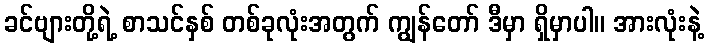
ခင်ဗျားတို့ရဲ့ စာသင်နှစ် တစ်ခုလုံးအတွက် ကျွန်တော် ဒီမှာ ရှိမှာပါ။ အားလုံးနဲ့